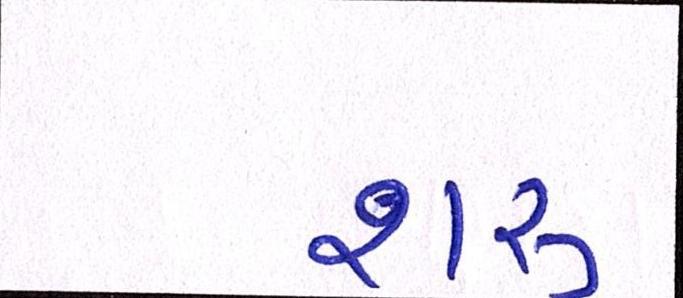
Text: શરુ